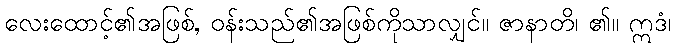
လေးထောင့်၏အဖြစ်, ဝန်းသည်၏အဖြစ်ကိုသာလျှင်။ ဇာနာတိ၊ ၏။ ဣဒံ၊